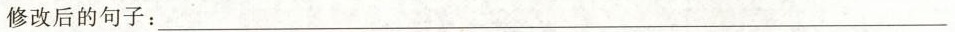
(1分)修改后的句子：___